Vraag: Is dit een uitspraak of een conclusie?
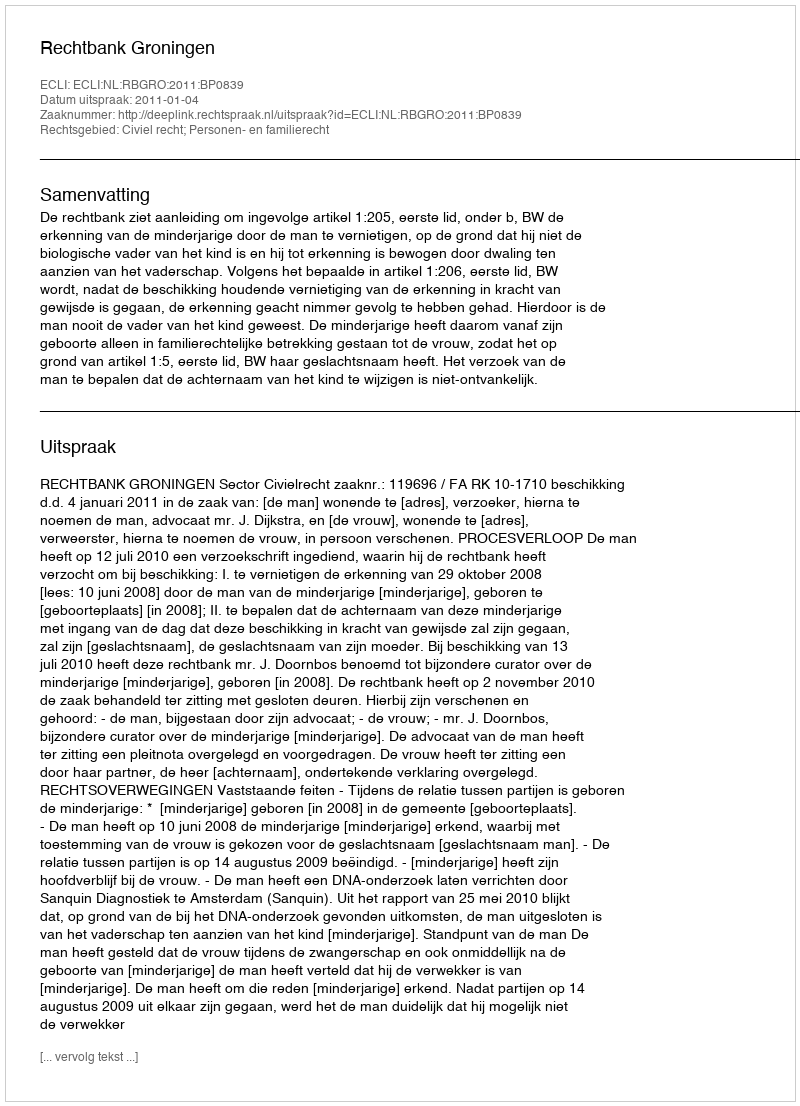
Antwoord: Uitspraak